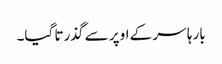
بارہا سر کے اوپر سے گذرتا گیا۔